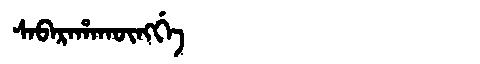
Manchu: ᠰᠠᠪᠠᡵᠠᡥᠠᡴᡡᠩᡤᡝ
Romanization: SABARAHAKŪNGGE